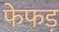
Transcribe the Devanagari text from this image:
फेफड़